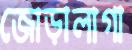
জোড়ালাগা